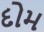
દોમ